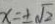
x = \pm \sqrt { 2 }